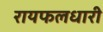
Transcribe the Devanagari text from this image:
रायफलधारी